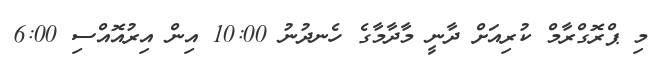
މި ޕްރޮގްރާމް ކުރިއަށް ދާނީ މާދާމާގެ ހެނދުނު 10:00 އިން އިރުއޮއްސި 6:00